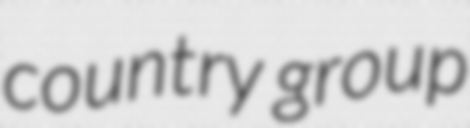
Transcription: country group